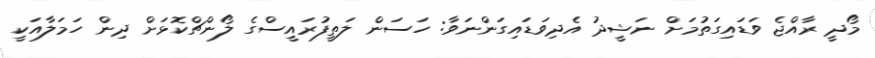
މޯދީ ރާއްޖެ ވަޑައިގަތުމަށް ނަޝީދު އެދިވަޑައިގަންނަވާ: ހަސަން ލަތީފުރައީސްގެ ލޯންޗްކޮޅަށް ދިން ހަމަލާއަކީ